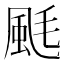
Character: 䫽